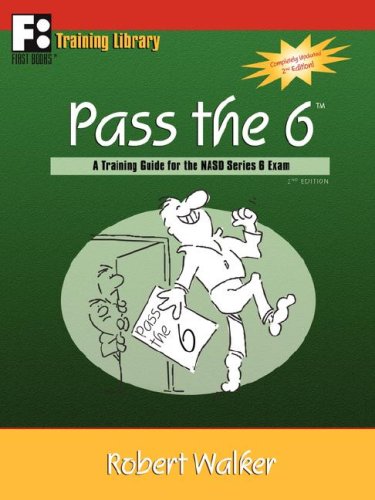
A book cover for Pass the 6: A Training Guide for the NASD Series 6 Exam; Robert Walker; Business & Money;